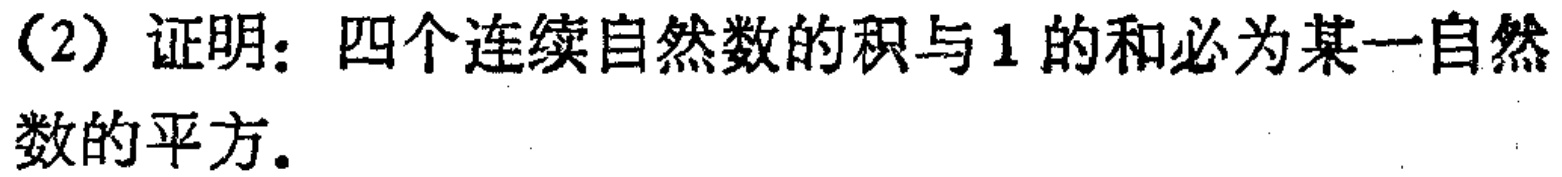
(2) 证明：四个连续自然数的积与 1 的和必为某一自然数的平方。